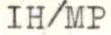
IH/MP